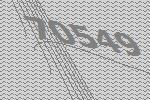
70549